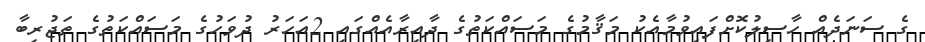
ގެ ސަނަދެއް ހާސިލުކޮށްފައިވުމާއެކު މަޤާމުގެ މަސައްކަތުގެ ދާއިރާއެއްގައި 2އަހަރު ދުވަހުގެ މަސައްކަތުގެ ތަޖުރިބާ